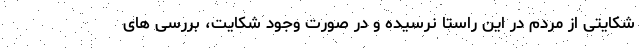
شکایتی از مردم در این راستا نرسیده و در صورت وجود شکایت، بررسی های